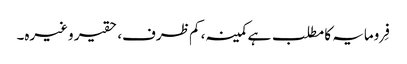
فِرومایہ کا مطلب ہے کمینہ، کم ظرف، حقیر وغیرہ۔